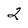
Character: 2